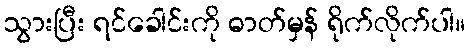
သွားပြီး ရင်ခေါင်းကို ဓာတ်မှန် ရိုက်လိုက်ပါ။